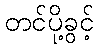
တင်ပို့ခွင့်